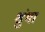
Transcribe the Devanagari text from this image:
शुंभा